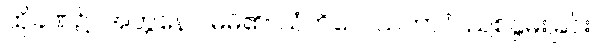
ထိုခဏ၌။ အတ္တနော၊ မိမိ၏။ သံကိလေသဘာဝံ၊ ညစ်နွမ်းခြင်း